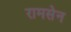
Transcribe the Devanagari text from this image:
रामसेन